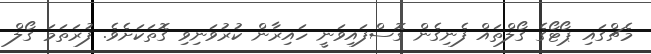
މެޗްގައި ޕޯޓޯގެ ގޯލްތައް ފެނިގެން ގޮސްފައިވަނީ ހައިރާން ކުރުވަނިވި ގޮތަކަށެވެ. ފުރަތަމަ ގޯލް